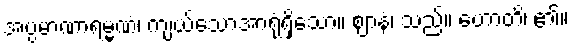
အပ္ပမာဏာရမ္မဏံ၊ ကျယ်သောအာရုံရှိသော။ ဈာနံ၊ သည်။ ဟောတိ၊ ၏။